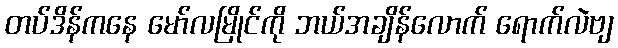
တပ်ဒိန်ကနေ မော်လမြိုင်ကို ဘယ်အချိန်လောက် ရောက်လဲဗျ